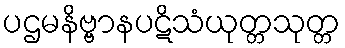
ပဌမနိဗ္ဗာနပဋိသံယုတ္တသုတ္တ